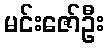
မင်းဇော်ဦး